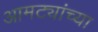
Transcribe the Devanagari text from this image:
आमट्यांच्या